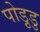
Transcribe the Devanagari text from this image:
पोड़ुडु